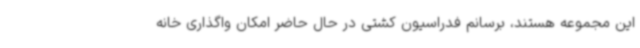
این مجموعه هستند، برسانم فدراسیون کشتی در حال حاضر امکان واگذاری خانه